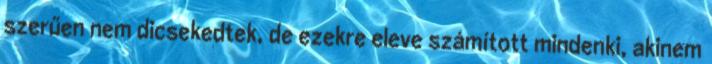
szerűen nem dicsekedtek, de ezekre eleve számított mindenki, akinem